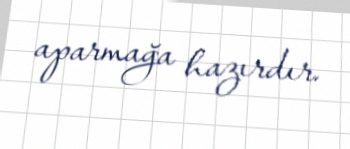
aparmağa hazırdır.